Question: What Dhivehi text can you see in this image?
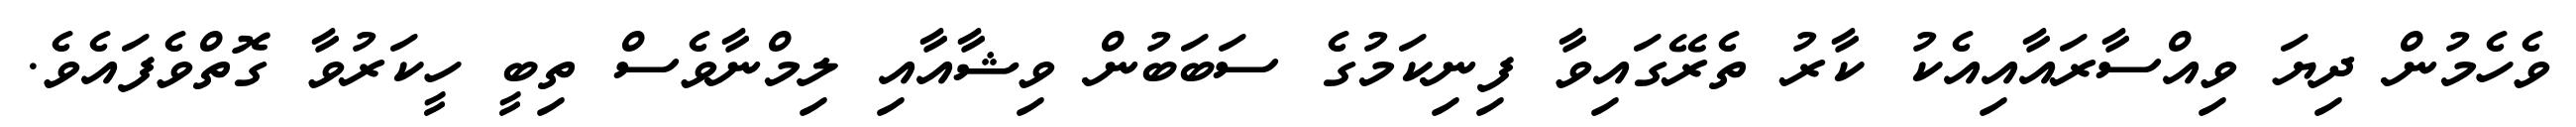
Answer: ވެހެމުން ދިޔަ ވިއްސާރައާއިއެކު ކާރު ތެރޭގައިވާ ފިނިކަމުގެ ސަބަބުން ވިޝާއާއި ލިމްނާވެސް ތިބީ ހީކަރުވާ ގޮތްވެފައެވެ.